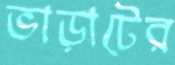
ভাড়াটের